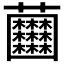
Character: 𧆘